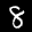
Label: 8